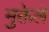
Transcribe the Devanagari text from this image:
मुक्तेले